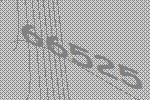
66525